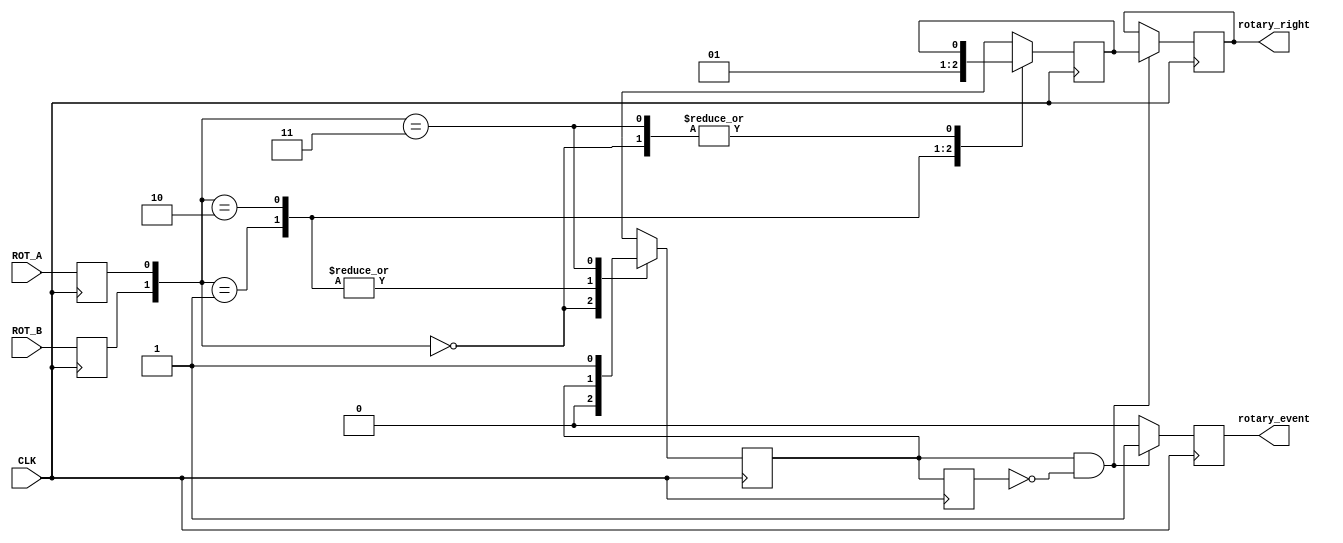
`timescale 1ns / 1ps
//////////////////////////////////////////////////////////////////////////////////
// Company:
// Engineer:
//
// Design Name:
// Module Name:    Rotation_direction
// Project Name:
// Target Devices:
// Tool versions:
// Description:
//
// Dependencies:
//
// Revision:
// Revision 0.01 - File Created
// Additional Comments:
//
//////////////////////////////////////////////////////////////////////////////////
module Rotation_direction(
    input CLK,
    input ROT_A,
    input ROT_B,
    output reg rotary_event,
    output reg rotary_right
    );

reg rotary_q1,rotary_q2;
reg delay_rotary_q1;
reg ROT_A_TEMP,ROT_B_TEMP;

always @(posedge CLK)
begin
	ROT_A_TEMP<=ROT_A;
	ROT_B_TEMP<=ROT_B;
end

always @(posedge CLK)// filter
begin
	case ({ROT_B_TEMP,ROT_A_TEMP})
	2'b00:begin
		rotary_q1 <= 1'b0;
		rotary_q2 <= rotary_q2;
		end
	2'b01:begin
		rotary_q1 <= rotary_q1;
		rotary_q2 <= 1'b0;
		end
	2'b10:begin
		rotary_q1 <= rotary_q1;
		rotary_q2 <= 1'b1;
		end
	2'b11:begin
		rotary_q1 <= 1'b1;
		rotary_q2 <= rotary_q2;
		end
	default:	begin
				rotary_q1 <= rotary_q1;
			   rotary_q2 <= rotary_q2;
				end
	endcase
end

always @(posedge CLK)//dorectopm
begin
	delay_rotary_q1 <= rotary_q1;
	if( (rotary_q1==1'b1) && (delay_rotary_q1==1'b0) )//rotary_q1 == 1 and delay_rotary_q1 == 0
	begin
		rotary_event <= 1'b1;
		rotary_right  <= rotary_q2;
	end else begin
		rotary_event <= 1'b0;
		rotary_right  <= rotary_right;
	end
end

endmodule